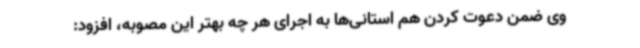
وی ضمن دعوت کردن هم استانی‌ها به اجرای هر چه بهتر این مصوبه، افزود: